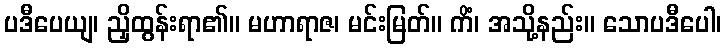
ပဒီပေယျ၊ ညှိထွန်းရာ၏။ မဟာရာဇ၊ မင်းမြတ်။ ကိံ၊ အသို့နည်း။ သောပဒီပေါ၊